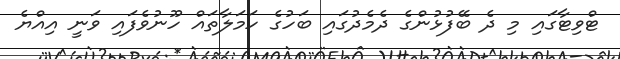
ޓްވިޓާގައި މި ދެ ބޭފުޅުންގެ ދެމެދުގައި ބަހުގެ ހަމަލާތައް ހޫނުވެފައި ވަނީ އިއްޔެ